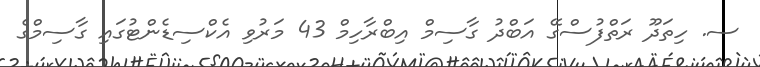
ސ. ހިތަދޫ ރަތްފުސްގޭ އަބްދު ގާސިމް އިބްރާހިމް 43 މަރުވި އެކްސިޑެންޓުގައި ގާސިމްގެ